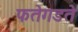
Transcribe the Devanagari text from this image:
फतेगडते